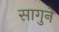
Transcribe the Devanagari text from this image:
सागुने